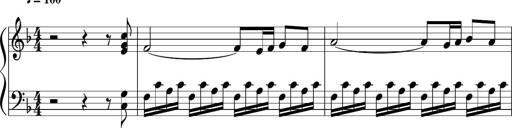
Title: Sonatina di Santa Gemma, JKB 12
Composer: Jason Baruk
Key: F major